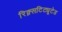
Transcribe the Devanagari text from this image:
रिक्न्सटिट्यूटेड